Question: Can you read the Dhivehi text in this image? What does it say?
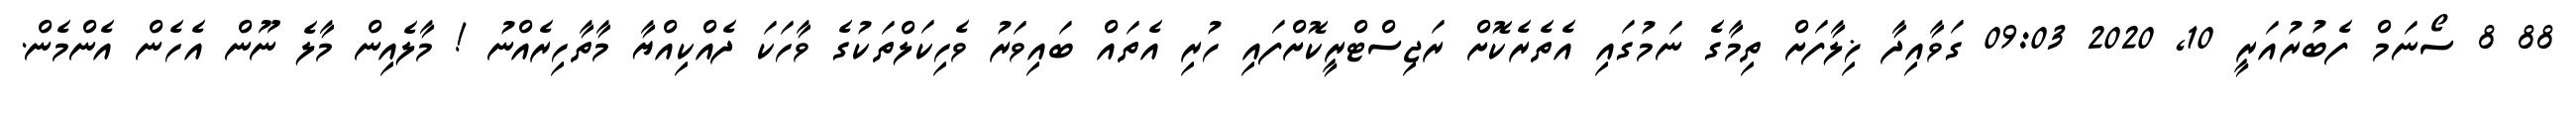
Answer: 88 8 ސޯނަމް ފެބުރުއަރީ 10, 2020 09:03 ގަވާއިދާ ޚިލާފަށް ތިމާގެ ނަމުގައި އެތެރެކޮށް ރަޖިސްޓްރީކޮށްފައި ހުރި އެތައް ބައިވަރު ވެހިކަލްތަކުގެ ވާހަކަ ދެއްކިއްޔާ މާތާހިރެއްނު ! މާލެއިން މާލެ ނޫން އެހެން އެންމެން.